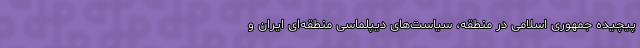
پیچیده جمهوری اسلامی در منطقه، سیاست‌های دیپلماسی منطقه‌ای ایران و